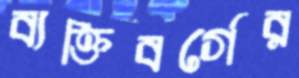
ব্যক্তিবর্গের